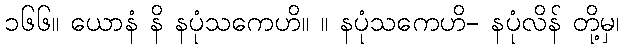
၁၆၆။ ယောနံ နိ နပုံသကေဟိ။ ။ နပုံသကေဟိ- နပုံလိန် တို့မှ၊